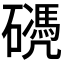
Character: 𥖬